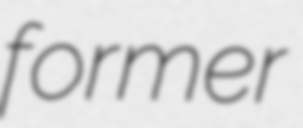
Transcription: former